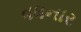
વધનાર